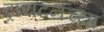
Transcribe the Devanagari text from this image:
ट्रायटनच्या